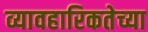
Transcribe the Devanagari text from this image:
व्यावहारिकतेच्या